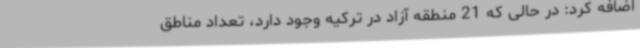
اضافه کرد: در حالی که 21 منطقه آزاد در ترکیه وجود دارد، تعداد مناطق